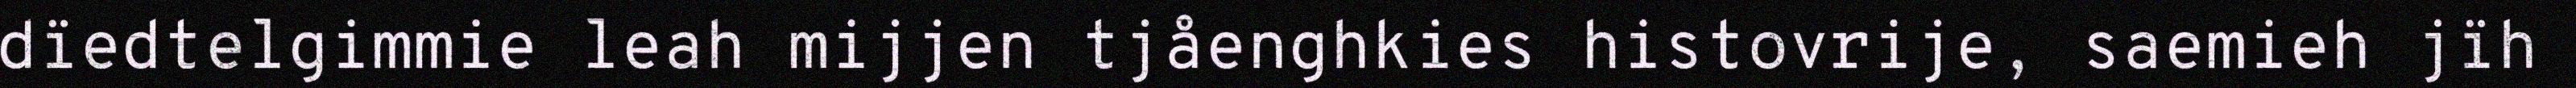
dïedtelgimmie leah mijjen tjåenghkies histovrije, saemieh jïh